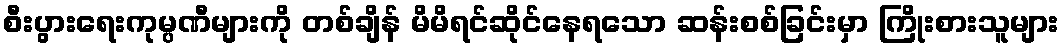
စီးပွားရေးကုမ္ပဏီများကို တစ်ချိန် မိမိရင်ဆိုင်နေရသော ဆန်းစစ်ခြင်းမှာ ကြိုးစားသူများ